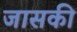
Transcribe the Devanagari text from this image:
जासकी